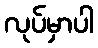
လုပ်မှာပါ